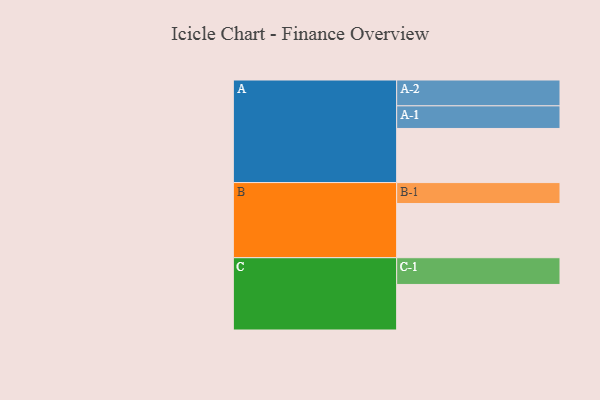
{"axis": {"x": "Segment", "y": "Value"}, "legend": ["", "A", "B", "C"], "data": [{"x": "A", "y": 593, "type": ""}, {"x": "B", "y": 594, "type": ""}, {"x": "C", "y": 499, "type": ""}, {"x": "A-1", "y": 248, "type": "A"}, {"x": "A-2", "y": 283, "type": "A"}, {"x": "B-1", "y": 229, "type": "B"}, {"x": "C-1", "y": 293, "type": "C"}]}